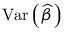
\operatorname { V a r } \left( { \widehat { \beta } } \right)